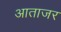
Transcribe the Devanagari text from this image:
आताजर